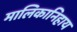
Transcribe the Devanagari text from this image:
मालिकानिहाय